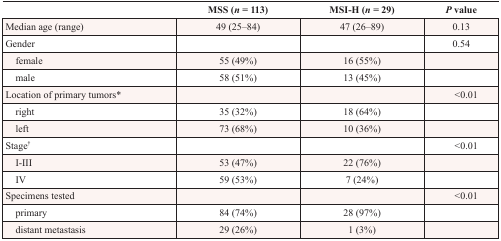
<table><thead><tr><td></td><td><b>MSS (<i>n</i> = 113)</b></td><td><b>MSI-H (<i>n</i> = 29)</b></td><td><b><i>P</i> value</b></td></tr></thead><tbody><tr><td>Median age (range)</td><td>49 (25–84)</td><td>47 (26–89)</td><td>0.13</td></tr><tr><td>Gender</td><td></td><td></td><td>0.54</td></tr><tr><td> female</td><td>55 (49%)</td><td>16 (55%)</td><td></td></tr><tr><td> male</td><td>58 (51%)</td><td>13 (45%)</td><td></td></tr><tr><td>Location of primary tumors*</td><td></td><td></td><td> &lt;0.01</td></tr><tr><td> right</td><td>35 (32%)</td><td>18 (64%)</td><td></td></tr><tr><td> left</td><td>73 (68%)</td><td>10 (36%)</td><td></td></tr><tr><td>Stage<sup>†</sup></td><td></td><td></td><td> &lt;0.01</td></tr><tr><td> I-III</td><td>53 (47%)</td><td>22 (76%)</td><td></td></tr><tr><td> IV</td><td>59 (53%)</td><td>7 (24%)</td><td></td></tr><tr><td>Specimens tested</td><td></td><td></td><td> &lt;0.01</td></tr><tr><td> primary</td><td>84 (74%)</td><td>28 (97%)</td><td></td></tr><tr><td> distant metastasis</td><td>29 (26%)</td><td>1 (3%)</td><td></td></tr></tbody></table>